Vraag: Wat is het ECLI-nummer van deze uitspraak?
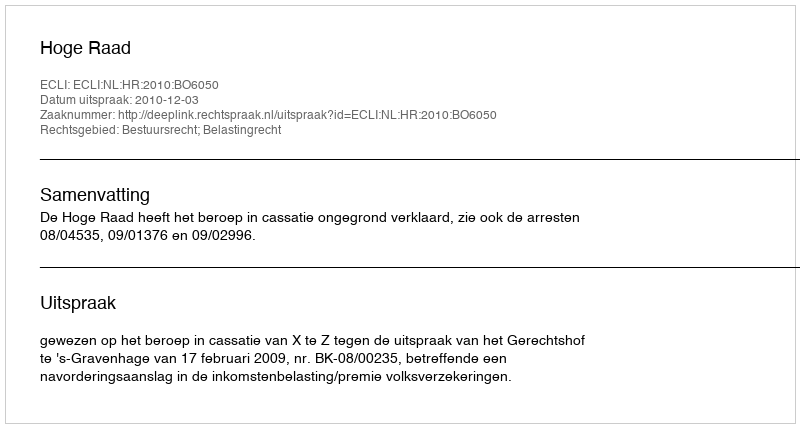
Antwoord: ECLI:NL:HR:2010:BO6050